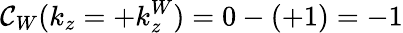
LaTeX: \mathcal{C}_{W}(k_{z}=+k_{z}^{W})=0-(+1)=-1